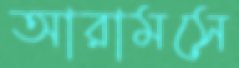
আরামসে